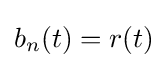
b_{n}(t)=r(t)